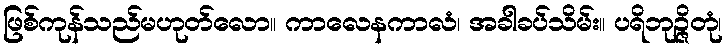
ဖြစ်ကုန်သည်မဟုတ်လော။ ကာလေနကာလံ၊ အခါခပ်သိမ်း။ ပရိဘုဉ္ဇိတုံ၊